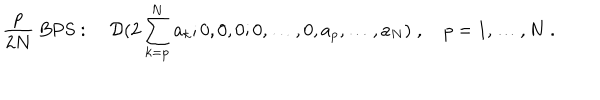
LaTeX: { \frac { p } { 2 N } } \mathrm { ~ B P S } : \quad { \cal D } ( 2 \sum _ { k = p } ^ { N } a _ { k } ; 0 , 0 , 0 ; 0 , \ldots , 0 , a _ { p } , \ldots , a _ { N } ) \; , \quad p = 1 , \ldots , N \; .